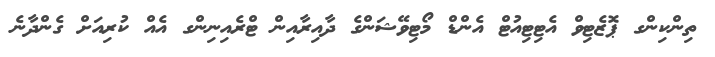
ތިންކިންގ ޕޮޒެޓިވް އެޓިޓިއުޓް އެންޑް މޯޓިވޭޝަންގެ ދާއިރާއިން ޓްރެއިނިންގ އެއް ކުރިއަށް ގެންދާނެ